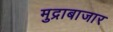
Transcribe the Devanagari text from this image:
मुद्राबाजार